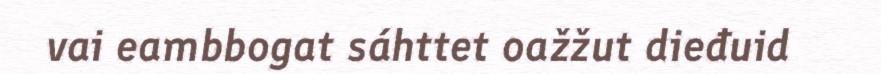
vai eambbogat sáhttet oažžut dieđuid